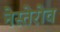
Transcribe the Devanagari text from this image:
नेस्तेरोव